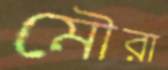
মৌরা